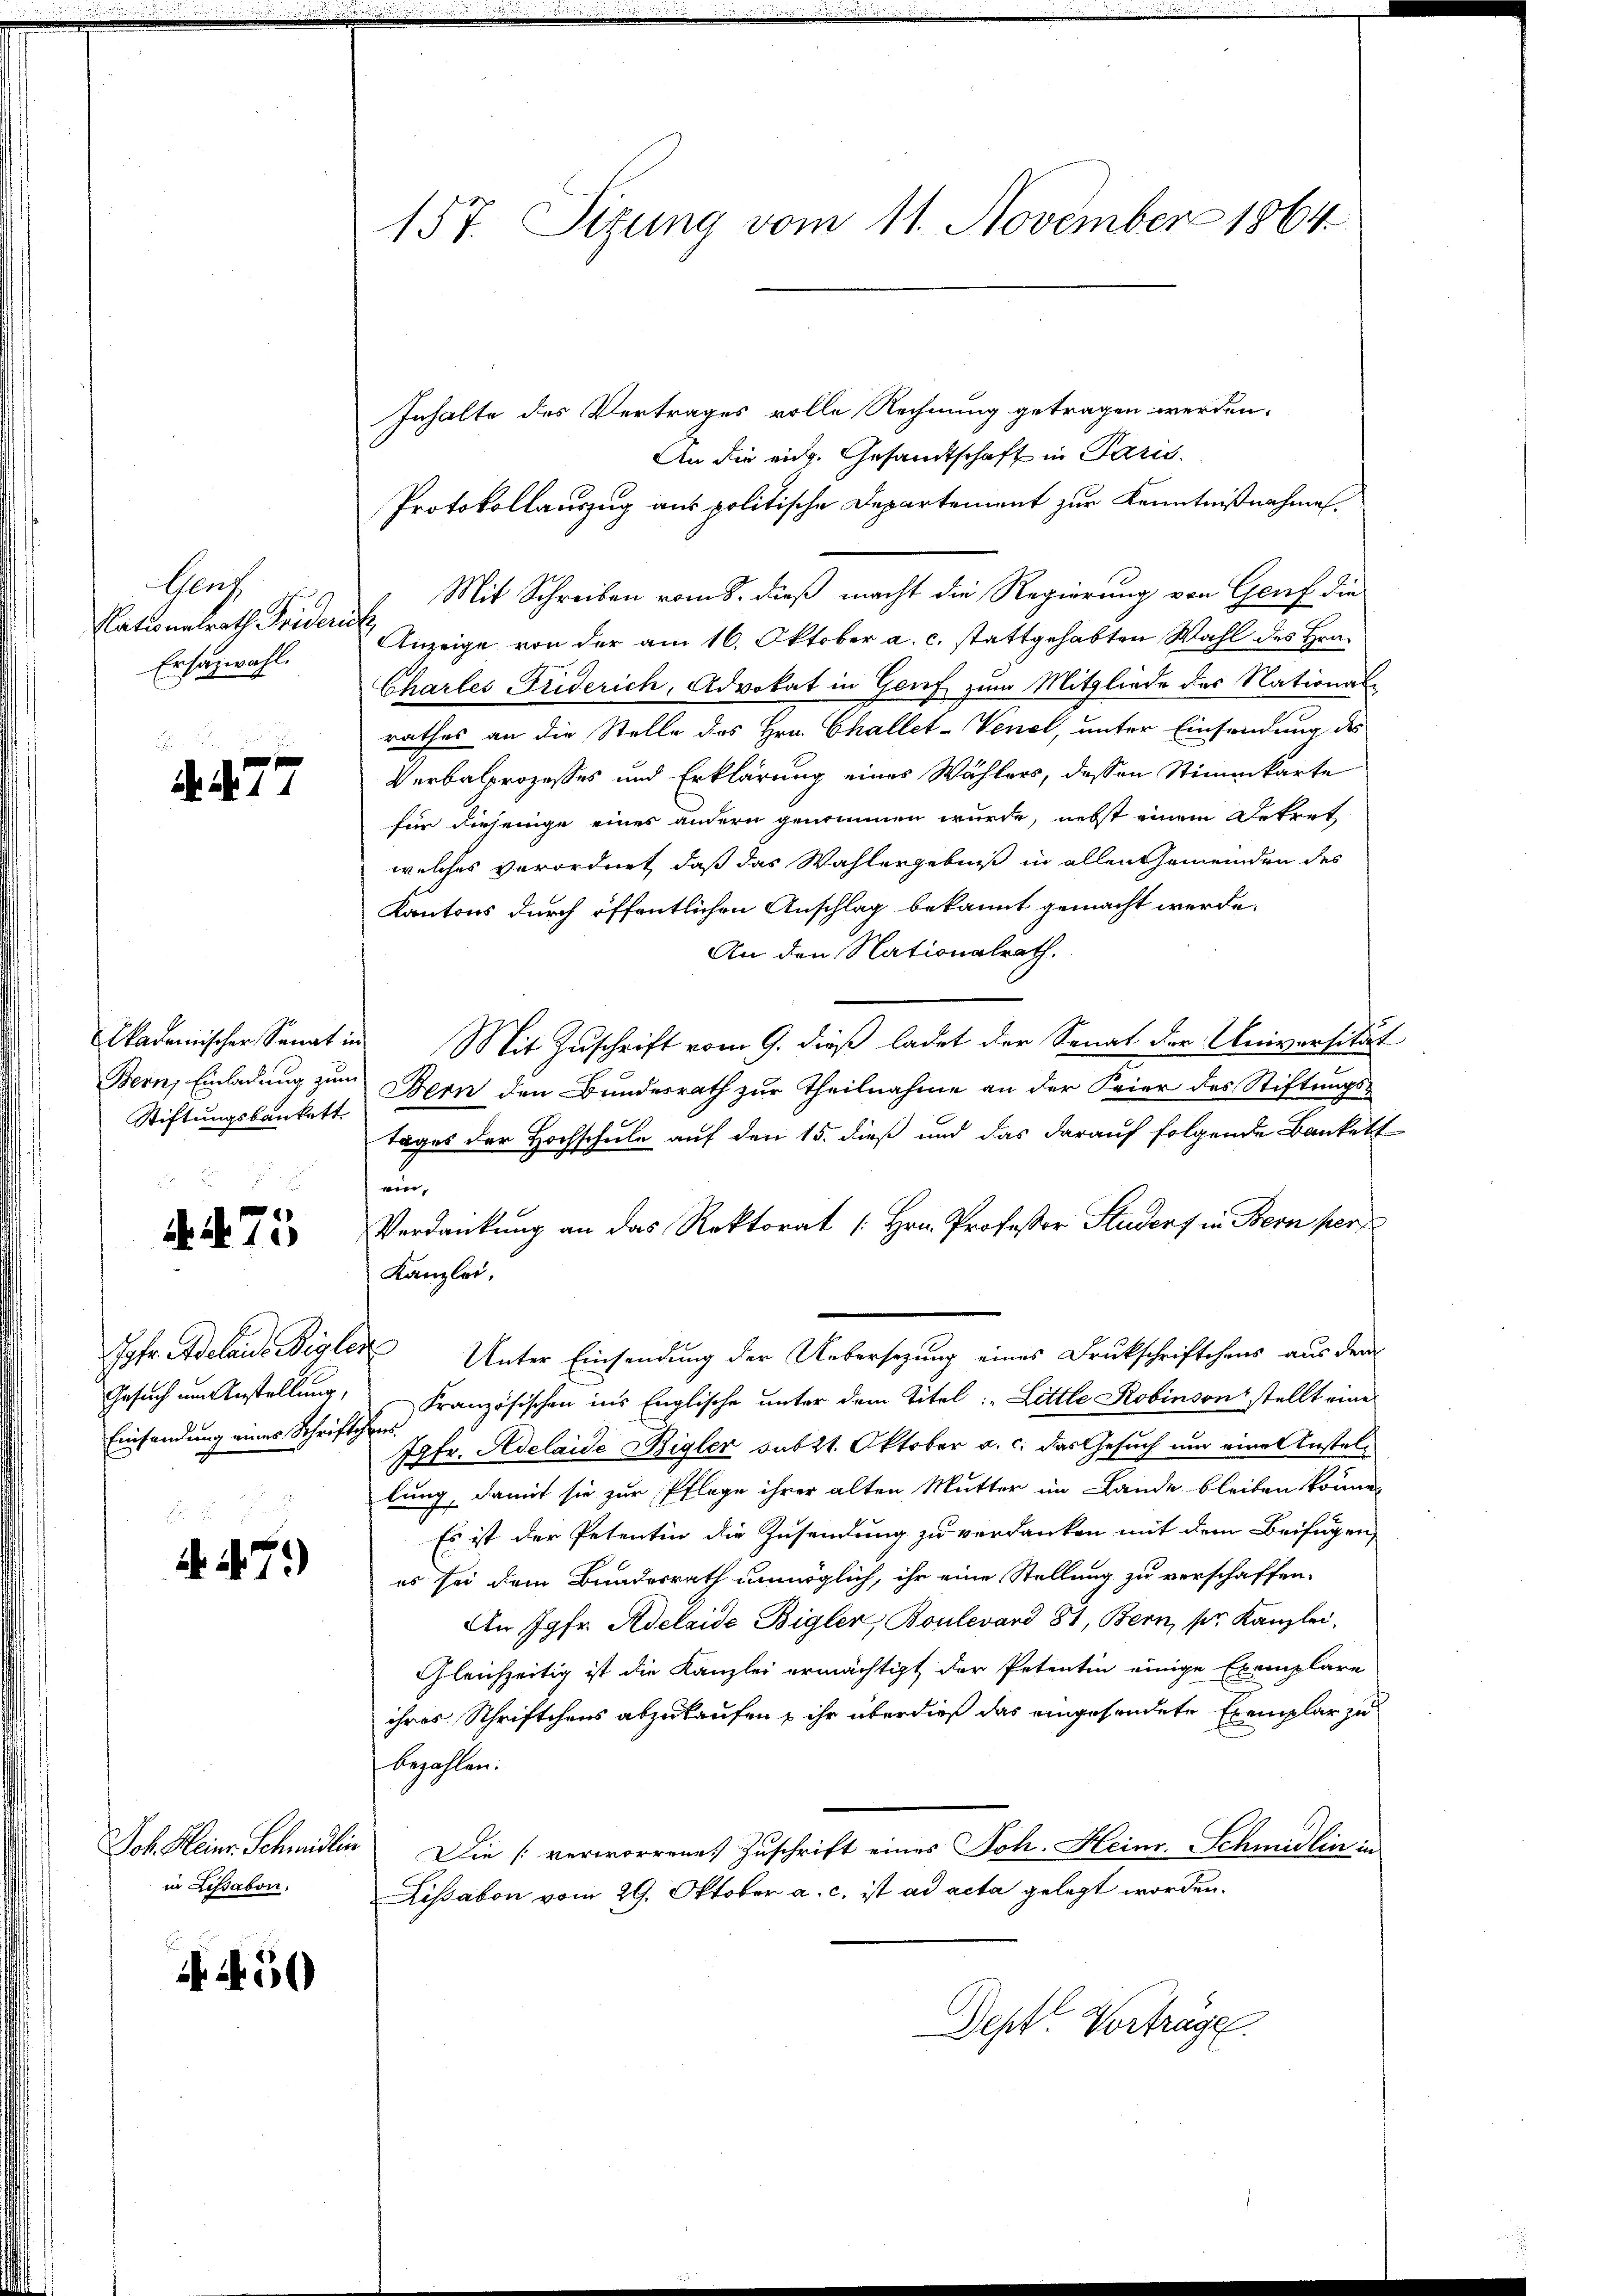
Hunz
Nationalrath Frideric
Ersatzwahl.

. 77

Akademischer Senat in
Bern, Einladung zum
Stiftungsbankett

AN75

Jgfr. Adelaide Begler
Gesuch um Anstellung,
Einsendung eines Schriftsh

.
A 471)

Joh Heinr. Schmidlin
in Lissabon.

4450

157. Sizung vom 11. November 1864

Inhalte des Vertrages volle Rechnung getragen werden.
An die eidg. Gesandtschaft in Paris.
Protokollauszug aus politische Departement zur Kenntnißnahmen.
Mit Schreiben vom 8. dieß macht die Regierung von Genf die
Anzeige von der am 16. Oktober a. c. stattgehabten Wahl des Hrn.
Chartes Friderich, Advokat in Genf zum Mitgliede des National
rathes an die Stelle des Hrn. Challet-Venel, unter Einsendung des
Verbalprozesses und Erklärung eines Wählers, dessen Stimmkarte
für diejenige eines andern genommen wurde, nebst einem Betret
welches verordnet, daß das Wahlergebniß in allen Gemeinden des
Kantons durch öffentlichen Anschlag bekannt gemacht werde.
An den Nationalrath.
Mit Zuschrift vom 9. dieß ladet der Senat der Universität
Bern den Bundesrath zur Theilnahme an der Feier des Stiftungstages der Hochschule auf den 15. dieß und das darauf folgende Bankett
w
Verdankung an das Rektorat [Hrn. Professor Studers in Bern per
Kanzlei.
 Unter Einsendung der Uebersezung eines Drukschriftchens aus dem
Französischen ins Englische unter dem Titel: "Little Robinson stellt eine
S7fr. Adelaide Bigler subzt. Oktober a. c. das Gesuch um eine Anstellung, damit sie zur Pflege ihrer alten Mutter im Lande bleiben könne.
Es ist der Petentin die Zusendung zu verdanken mit dem Beifügen
es sei dem Bundesrath unmöglich, ihr eine Stellung zu verschaffen.
An Jgfr. Adelaide Bigler, Boulevard 81, Bern, pr. Kanzlei,
Gleichzeitig ist die Kanzlei ermächtigt der Petentin einige Exemplare
ihres Schriftchens abzukaufen u ihr überdieß das eingesendete Exemplar zu
bezahlen.
Die verworrene Zuschrift eines Joh. Heinr. Schmidlin in
Lissabon vom 29. Oktober a. c. ist ad acta gelegt worden.
Sept. Vorträge.